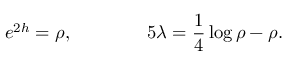
e ^ { 2 h } = \rho , \qquad \qquad 5 \lambda = { \frac { 1 } { 4 } } \log { \rho } - \rho .